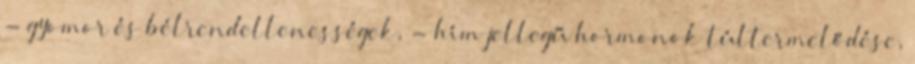
- gyomor és bélrendellenességek, - hím jellegű hormonok túltermelődése,